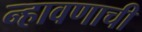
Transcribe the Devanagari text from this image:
न्हावणाची